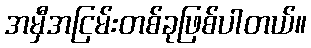
အမှီအငြမ်းတစ်ခုဖြစ်ပါတယ်။